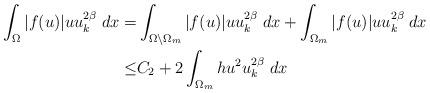
LaTeX: \begin{align*}\int_{\Omega }|f(u)|uu_{k}^{2\beta }\;dx=& \int_{\Omega \setminus \Omega_{m}}|f(u)|uu_{k}^{2\beta }\;dx+\int_{\Omega _{m}}|f(u)|uu_{k}^{2\beta }\;dx \\\leq & C_{2}+2\int_{\Omega _{m}}hu^{2}u_{k}^{2\beta }\;dx \end{align*}